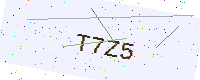
Text: T7Z5